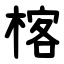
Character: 楁